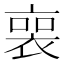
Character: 𧚾